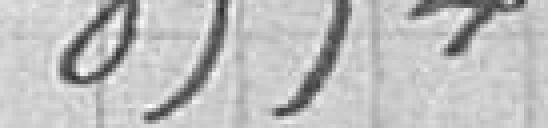
85.542,08